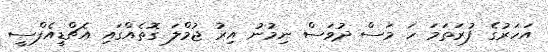
އަހަރުގެ ފުރަތަމަ ހަ މަސް ދުވަސް ނިމުނު އިރު ޖުމްލަ ގޮތެއްގައި އެޗްޑީއެފްސީ